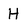
Character: H